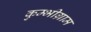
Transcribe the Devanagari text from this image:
कुम्भीग्राम